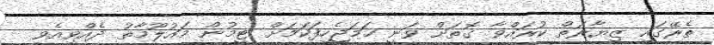
ތެރޭގައި ޒިޔާރަތް ކުރައްވާ ގޮތަށް ވަނީ ހަމަޖެހިފަކަމަށް ޓީމުން މައުލޫމާތު ދެއްވިއެވ